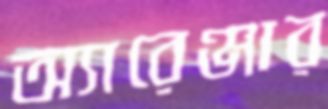
অ্যারেঞ্জার